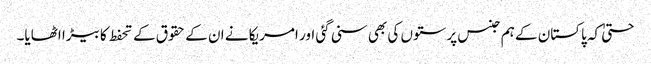
حتیٰ کہ پاکستان کے ہم جنس پرستوں کی بھی سنی گئی اور امریکا نے ان کے حقوق کے تحفط کا بیڑا اٹھایا۔